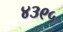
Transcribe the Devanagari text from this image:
४३९५